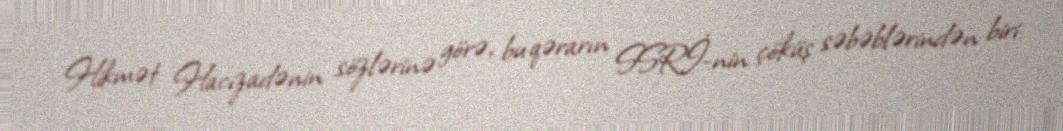
Hikmət Hacızadənin sözlərinə görə, bu qərarın SSRİ-nin çöküş səbəblərindən biri